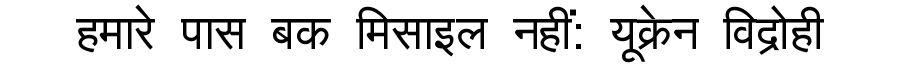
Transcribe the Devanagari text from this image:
हमारे पास बक मिसाइल नहीं: यूक्रेन विद्रोही